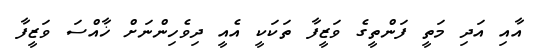
އާއި އަދި މަތީ ފަންތީގެ ވަޒީފާ ތަކަކީ އެއީ ދިވެހިންނަށް ޚާއްސަ ވަޒީފާ